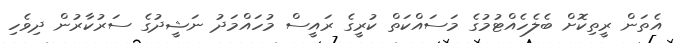
އެތަން ރީތިކޮށް ބެލެހެއްޓުމުގެ މަސައްކަތް ކުރީގެ ރައީސް މުހައްމަދު ނަޝީދުގެ ސަރުކާރުން ދިވެހި